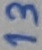
Text: 13